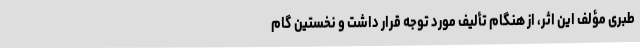
طبری مؤلف این اثر، از هنگام تألیف مورد توجه قرار داشت و نخستین گام